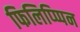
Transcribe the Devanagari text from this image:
फिलिप्प्पिन